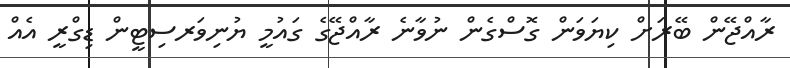
ރާއްޖޭން ބޭރަށް ކިޔަވަން ގޮސްގެން ނުވާނެ ރާއްޖޭގެ ގައުމީ ޔުނިވަރސިޓީން ޑިގްރީ އެއް